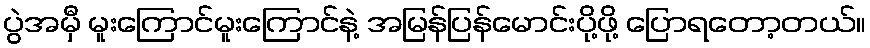
ပွဲအမှီ မူးကြောင်မူးကြောင်နဲ့ အမြန်ပြန်မောင်းပို့ဖို့ ပြောရတော့တယ်။